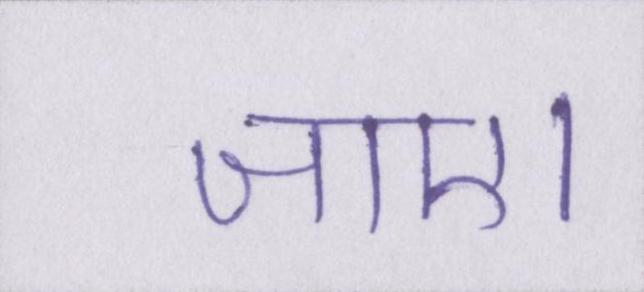
जाए।